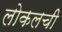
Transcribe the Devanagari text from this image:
लोकलची